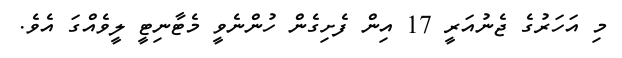
މި އަހަރުގެ ޖެނުއަރީ 17 އިން ފެށިގެން ހުންނެވީ މެޓާނިޓީ ލީވެއްގަ އެވެ.